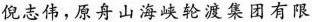
倪志伟，原舟山海峡轮渡集团有限